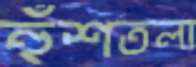
হুঁশতলা